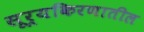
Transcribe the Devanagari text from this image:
सूर्यकिरणातील